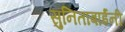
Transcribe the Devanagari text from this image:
सुनिताबाईंनी